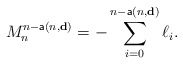
\begin{align*}M_{n}^{n-\mathsf{a}(n,\mathbf{d})}=-\sum_{i=0}^{n-\mathsf{a}(n,\mathbf{d})}\ell_i. \end{align*}